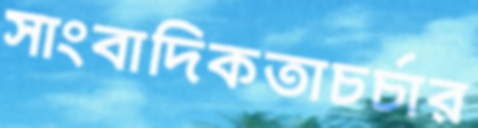
সাংবাদিকতাচর্চার